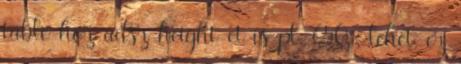
table-hoz adsz height-et is pl. 650 , lehet, ez